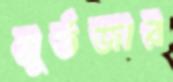
মূর্তজার